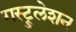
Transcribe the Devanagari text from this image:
गस्ट्रुलेशन